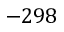
- 2 9 8